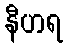
နီဟရ